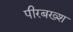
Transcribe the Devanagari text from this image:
पीरबख्श